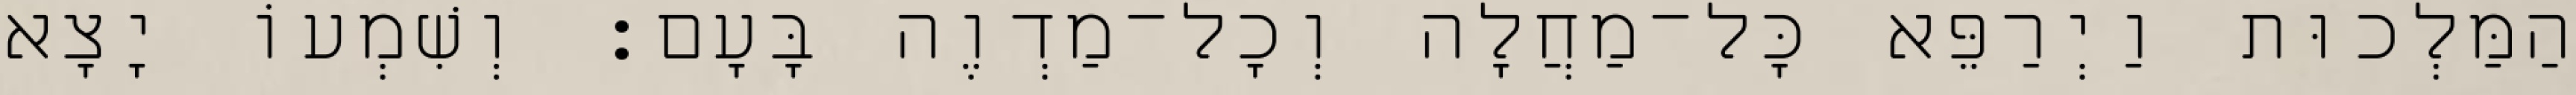
הַמַּלְכוּת וַיְרַפֵּא כָּל־מַחֲלָה וְכָל־מַדְוֶה בָּעָם׃ וְשִׁמְעוֹ יָצָא